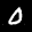
Label: 0